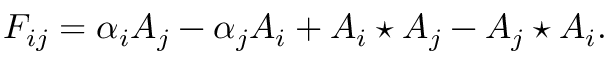
F _ { i j } = \alpha _ { i } A _ { j } - \alpha _ { j } A _ { i } + A _ { i } \star A _ { j } - A _ { j } \star A _ { i } .